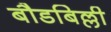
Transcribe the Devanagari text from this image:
बौडबिल्ली